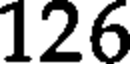
126